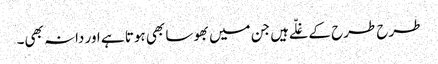
طرح طرح کے غلّے ہیں جن میں بھوسا بھی ہوتا ہے اور دانہ بھی۔